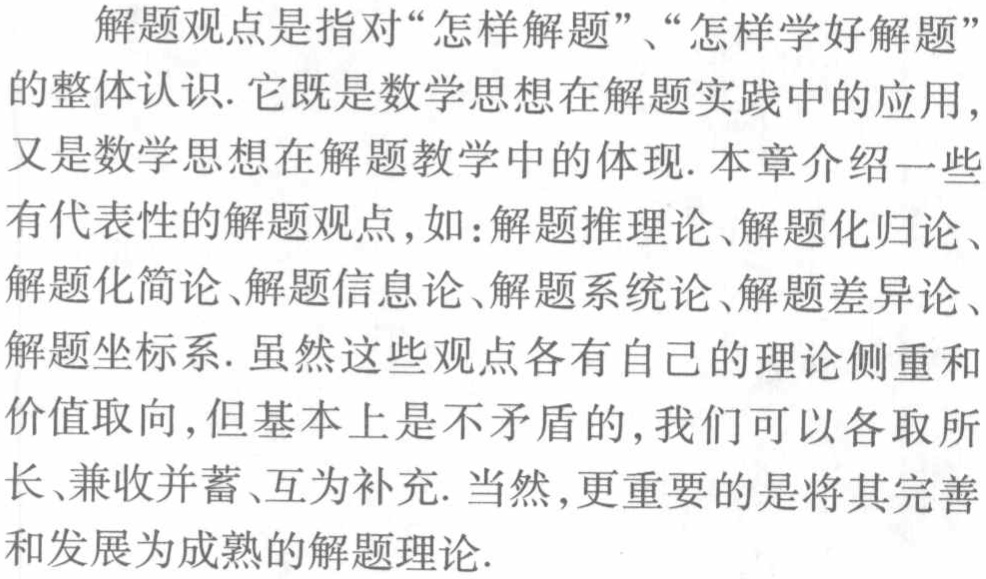
解题观点是指对“怎样解题”、“怎样学好解题”的整体认识. 它既是数学思想在解题实践中的应用，又是数学思想在解题教学中的体现. 本章介绍一些有代表性的解题观点，如：解题推理论、解题化归论、解题化简论、解题信息论、解题系统论、解题差异论、解题坐标系. 虽然这些观点各有自己的理论侧重和价值取向，但基本上是不矛盾的，我们可以各取所长、兼收并蓄、互为补充. 当然，更重要的是将其完善和发展为成熟的解题理论.